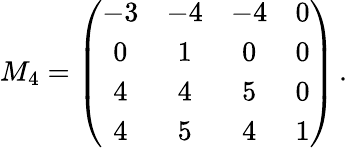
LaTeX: M_{4}=\left(\begin{array}{cccc}{{-3}}&{{-4}}&{{-4}}&{{0}}\\ {{0}}&{{1}}&{{0}}&{{0}}\\ {{4}}&{{4}}&{{5}}&{{0}}\\ {{4}}&{{5}}&{{4}}&{{1}}\end{array}\right)\, .